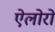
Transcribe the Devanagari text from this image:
ऐलोरो